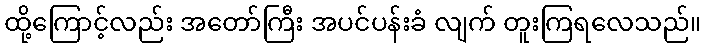
ထို့ကြောင့်လည်း အတော်ကြီး အပင်ပန်းခံ လျက် တူးကြရလေသည်။